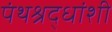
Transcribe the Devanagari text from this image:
पंथश्रद्धांशी